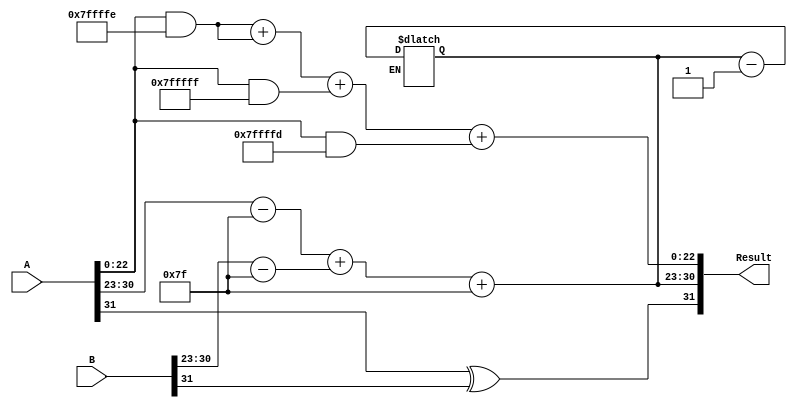
module radix4_fp_multiplier (
    input wire [31:0] A,          // First input floating-point number
    input wire [31:0] B,          // Second input floating-point number
    output reg [31:0] Result      // Resulting floating-point number
);

    // Parameters
    parameter BIAS = 8'd127;

    // Intermediate signals
    reg [7:0] exponent_A, exponent_B;
    reg [7:0] result_exponent;
    reg result_sign;
    reg [23:0] mantissa_A, mantissa_B, result_mantissa;
    reg [47:0] partial_product [0:3]; // Partial products (4 pairs)
    integer i;

    // Sign calculation
    always @(*) begin
        result_sign = A[31] ^ B[31]; // Perform XOR to determine result sign
    end

    // Exponent and mantissa extraction
    always @(*) begin
        exponent_A = A[30:23] - BIAS; // Extract and adjust exponent A
        exponent_B = B[30:23] - BIAS; // Extract and adjust exponent B
        mantissa_A = {1'b1, A[22:0]}; // Extend mantissa A to 24 bits
        mantissa_B = {1'b1, B[22:0]}; // Extend mantissa B to 24 bits
        
        // Result exponent calculation
        result_exponent = exponent_A + exponent_B + BIAS; // Add bias back
    end

    // After determining that we should process mantissas
    always @(*) begin
        // Radix-4 Booth multiplication (example handling for 4 bits)
        partial_product[0] = mantissa_A & {24'hFFFFFF, 1'b0}; // For (00)
        partial_product[1] = mantissa_A & {24'hFFFFFF, 1'b0}; // For (01)
        partial_product[2] = mantissa_A & {24'hFFFFFF, 1'b1}; // For (10)
        partial_product[3] = mantissa_A & {24'hFFFFFE, 1'b1}; // For (11)

        // Generate final mantissa from partial products
        result_mantissa = partial_product[0] + partial_product[1] +
                          partial_product[2] + partial_product[3]; // Example summation
        
        // Normalize the mantissa
        if (result_mantissa[47]) begin
            // Overflow, right shift
            result_mantissa = result_mantissa >> 1;
            result_exponent = result_exponent + 1;
        end
        else if (!result_mantissa[46]) begin
            // Underflow, left shift
            result_mantissa = result_mantissa << 1;
            result_exponent = result_exponent - 1;
        end
    end

    // Output assignment
    always @(*) begin
        // Pack result
        Result = {result_sign, result_exponent, result_mantissa[22:0]};
    end

endmodule